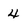
Character: 4